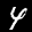
Label: 4